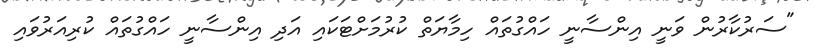
"ސަރުކާރުން ވަނީ އިންސާނީ ހައްގުތައް ހިމާޔަތް ކުރުމަށްޓަކައި އަދި އިންސާނީ ހައްގުތައް ކުރިއަރުވައި